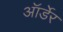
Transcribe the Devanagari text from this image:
ऑर्डेर